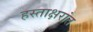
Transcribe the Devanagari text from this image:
हस्ताक्षरांत